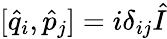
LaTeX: [\hat{q}_{i},\hat{p}_{j}]=i\delta_{ij}\hat{I}